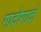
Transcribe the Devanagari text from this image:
गादोगादो